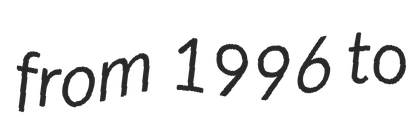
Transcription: from 1996 to